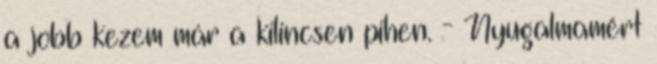
a jobb kezem már a kilincsen pihen. - Nyugalmamért